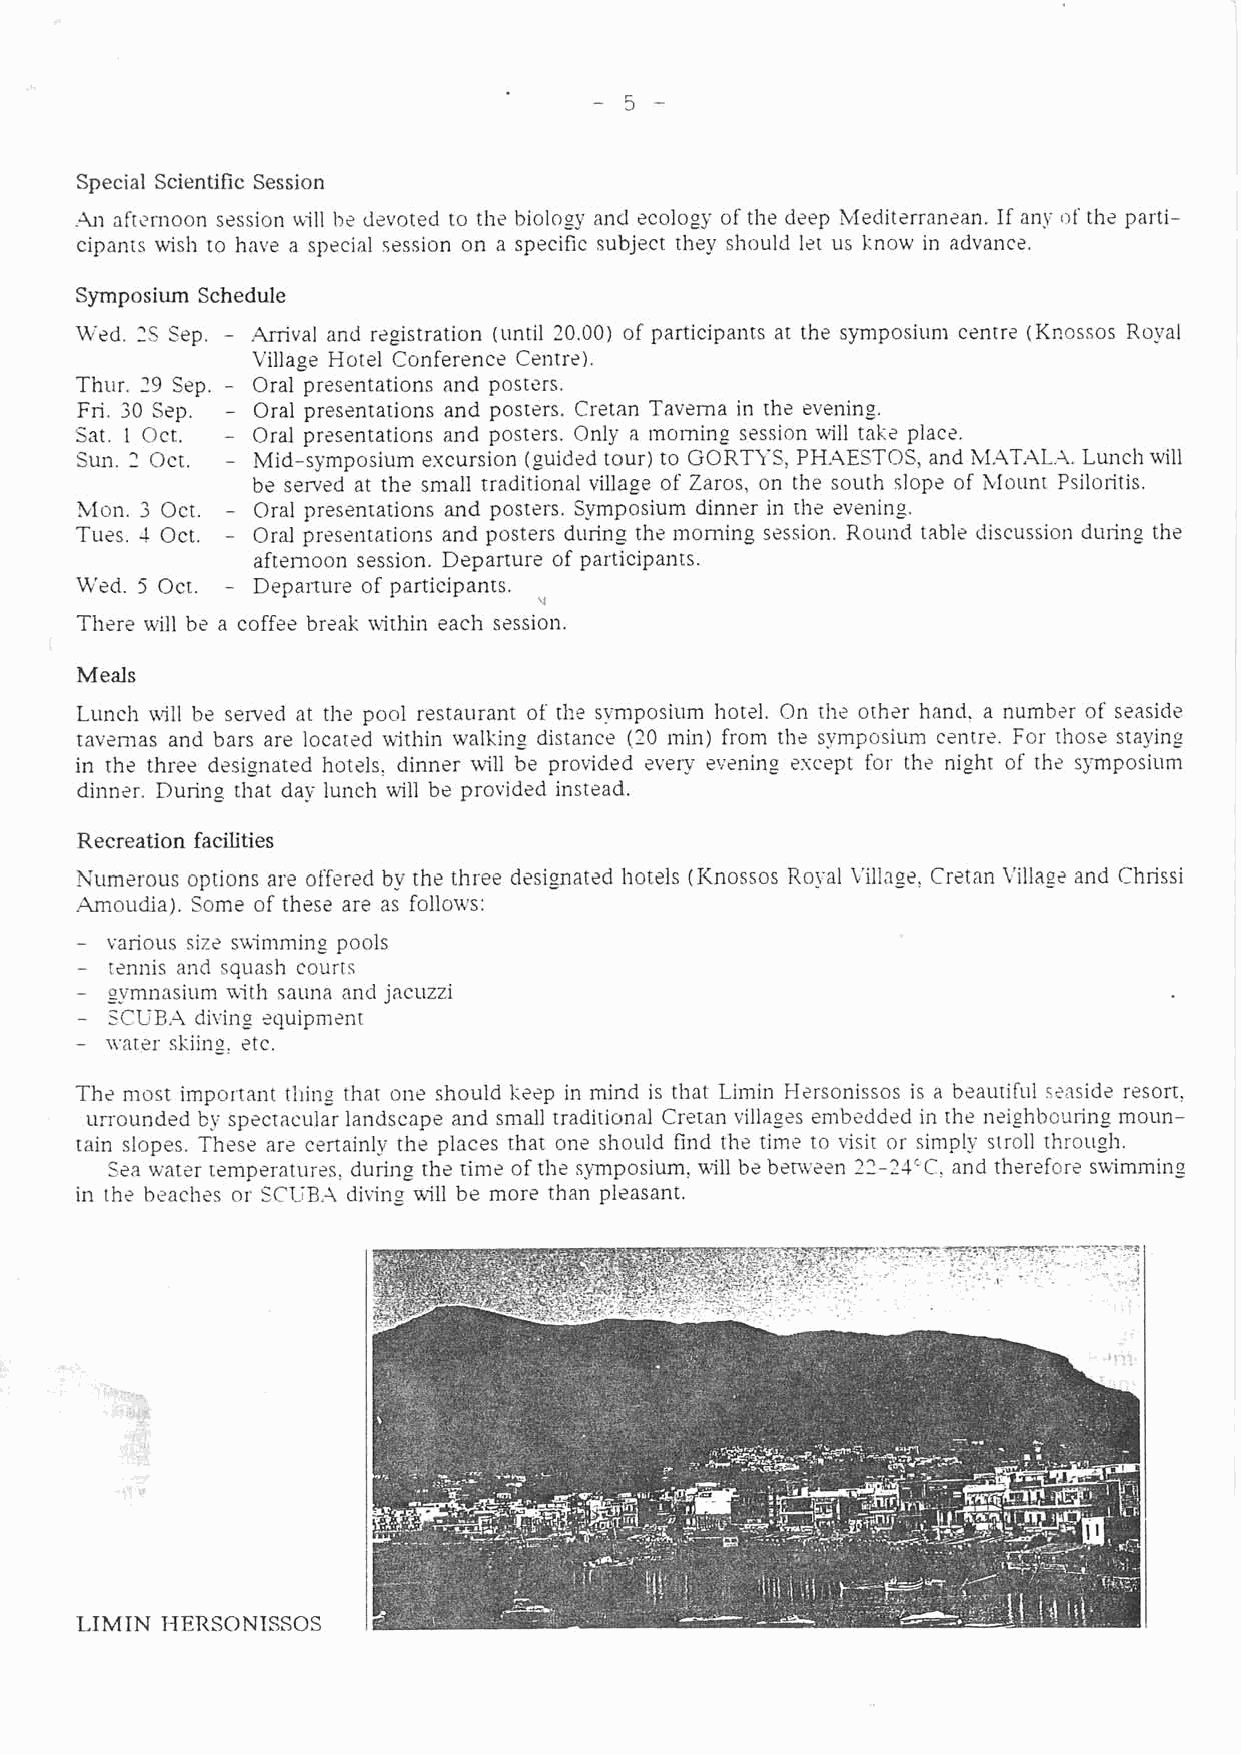
Special Scientific Session
 -4.11a ft?~-~~soeosnsi on %ill be devoted to the biology and ecology of the deep kfediterranzan. If an!; of the parti-
 cipants wish to have a special session on a specific subject they should let us know in advance.
 Symposium Schedule
 Wed. 2s Eep. Arrival and registration (until 20.00) of participants at the symposium centre (Knossos Royal
 Village Hotel Conference Centre).
 Thur. 29 Sep. Oral presentations and posters.
 Fri. 30 Sep. Oral preslntations and posters. Cretan Tavema in the evening.
 Sat. 1 Oct. Oral presentations and posters. Only a morning session uill tak? plac?.
 Sun. 2 Oct. Mid-symposium excursion (guided tour) to GORTYS, PHAESTOS, and h1.-2Td-\L.-4.L unch will
 be served at the small traditional village of Zaros, on the south slope of Mount Psiloritis.
 hion. 3 Oct. Oral presentations and posters. Symposium dinner in th? evening.
 Tues. 4 Oct. Oral presentations and posters during the morning session. Round table discussion during the
 afternoon session. Departure of participants.
 Wed. 5 Oct. Departure of participants.
 \J
 There will be a coffee break within each s?ssion.
 Meals
 Lunch will be served at the pool restaurant of the symposium hotel. On 1113 oth2r hand. a numb2r of seaside
 tavemas and bars are locat2d within walking distance (20 min) from the symposium centre. For rhos2 staying
 in the three designated hotels? dinner will be provided ?very evening except for the night of th? sg7mposium
 dinn?r. During that day lunch will be provided instead.
 Recreation facilities
 Numerous options are offered by the three designated hotels (Knossos Royal Village: Cretan Villag? and Chrissi
 Amoudia). Some of these are as follows:
 various siz2 suinlming pools
 -
 t?nnis and squash courts
 -
 ~vrnnasiumw ith sauna ancl jacuzzi
 -
 -W
 SCGEz.I,d iving ecluipmmt
 -
 - n-ates skiing, ?tc.
 Th? most important tiling that one should keep in mind is that Limin Mersonissos is a beautifill s;.asid? resort:
 urrounded by spectacular landscape and small traditional Cretan villages embedded in the neighbouring moun-
 tain slopes. These are certainly the places that one should find the time to visit or simply stroll througll.
 Sea water temperatures: duri11g th2 time of the symposium, nil1 bz benveen 22-2aCC, and th?refor? srcimminz
 in the beaches or SCUB.4 diving will be more than pleasant.
 LIMTN HERSONTSSOS